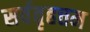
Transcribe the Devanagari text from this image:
सर्ववृहत्तम